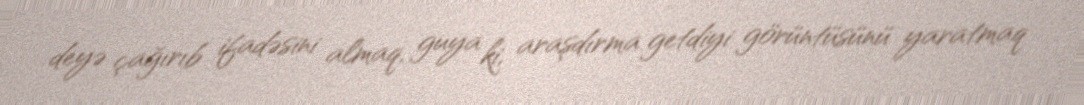
deyə çağırıb ifadəsini almaq, guya ki, araşdırma getdiyi görüntüsünü yaratmaq